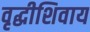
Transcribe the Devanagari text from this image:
वृद्धीशिवाय